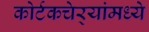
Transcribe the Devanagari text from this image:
कोर्टकचेर्‍यांमध्ये